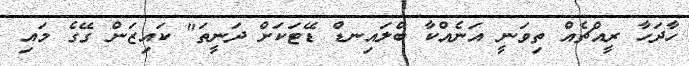
ހާދަހާ ރީއްޗެއް ތިވަނީ އަނެއްކާ ބްލައިނޑް ޑޭޓަކަށް ދަނީތަ" ކައިޒަން ގޭގެ މައި